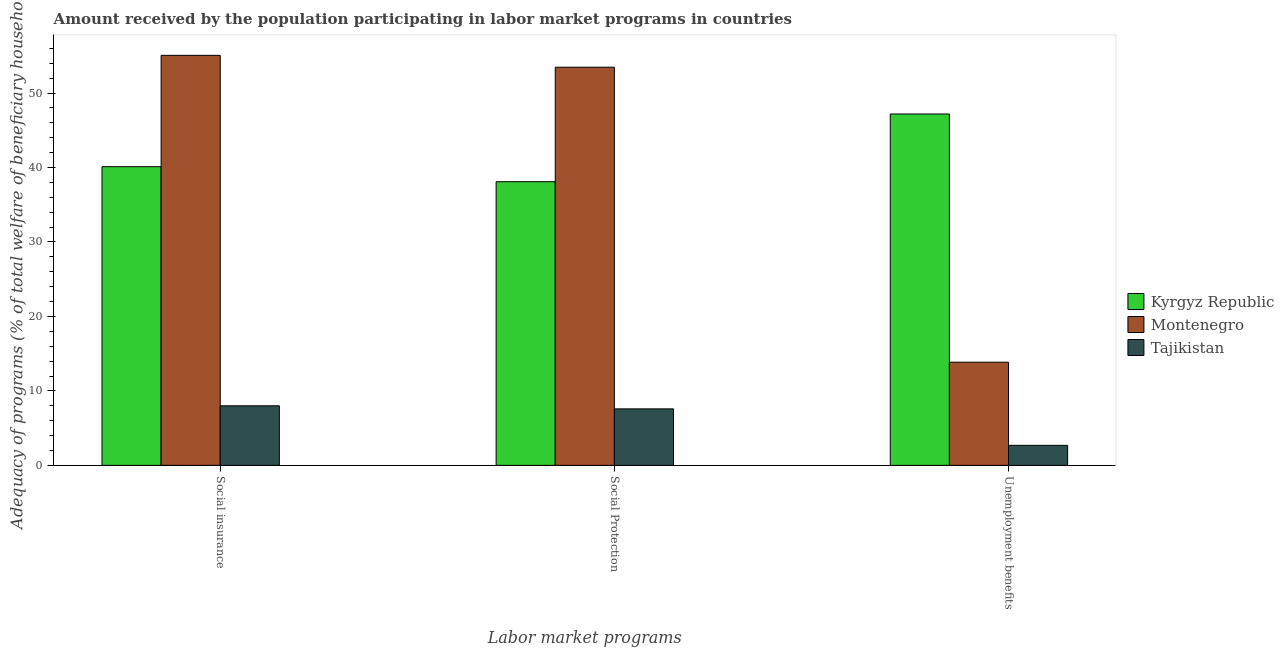
| Labor market programs | Kyrgyz Republic | Montenegro | Tajikistan |
 | --- | --- | --- | --- |
 | Social insurance | 40.1 | 55.1 | 8 |
 | Social Protection | 38.1 | 53.5 | 7.59 |
 | Unemployment benefits | 47.2 | 13.9 | 2.69 |